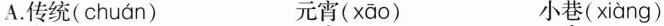
A. 传统( chuán ) 元宵( xāo ) 小巷( xiàng )